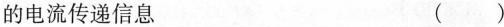
的电流传递信息 ()